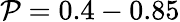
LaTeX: \mathcal{P}=0.4-0.85